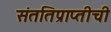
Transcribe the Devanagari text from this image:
संततिप्राप्तीची